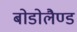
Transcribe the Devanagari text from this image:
बोडोलैण्ड